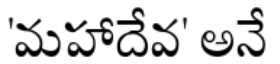
'మహాదేవ' అనే